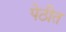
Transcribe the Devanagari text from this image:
पेठीत